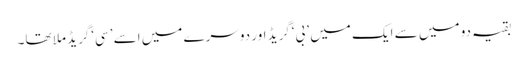
بقیہ دو میں سے ایک میں ’بی‘گریڈ اور دوسرے میں اسے ’سی‘گریڈ ملا تھا۔